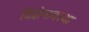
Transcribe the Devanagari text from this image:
विक्षेपावस्था